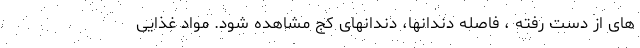
های از دست رفته ، فاصله دندانها، دندانهای کج مشاهده شود. مواد غذایی